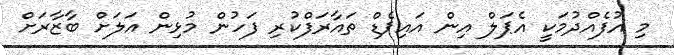
މި އުފެއްދުމަކީ އެޕަލް އިން އައިޕެޑް ތައާރަފްކުރި ފަހުން މުޅިން އަލަށް ބާޒާރަށް